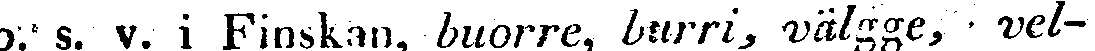
o. s. v. i Finskan, buorre, burri, välgge, vel-